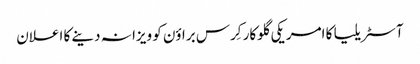
آ‎سٹریلیا کا امریکی گلوکار کِرس براؤن کو ویزا نہ دینے کا اعلان